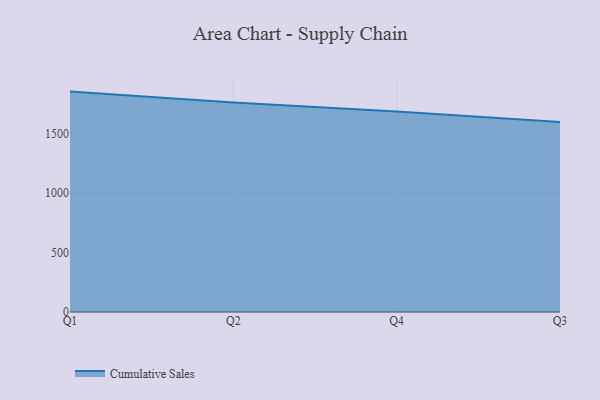
{"axis": {"x": "Quarter", "y": "Latency (ms)"}, "legend": ["Cumulative Sales"], "data": [{"x": "Q1", "y": 1852.1, "type": "Cumulative Sales"}, {"x": "Q2", "y": 1759.7, "type": "Cumulative Sales"}, {"x": "Q4", "y": 1683.9, "type": "Cumulative Sales"}, {"x": "Q3", "y": 1595.7, "type": "Cumulative Sales"}]}